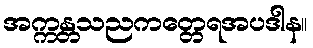
အက္ကန္တသညကတ္တေရအပဒါန။